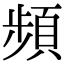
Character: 頻